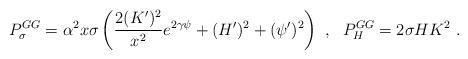
LaTeX: \begin{align*}P^{GG}_{\sigma}=\alpha^2 x \sigma \left(\frac{2(K')^2}{x^2}e^{2\gamma\psi}+(H')^2+(\psi ')^2\right) \ , \ \ P^{GG}_{H}=2\sigma H K^2 \ .\end{align*}